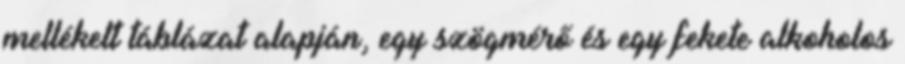
mellékelt táblázat alapján, egy szögmérő és egy fekete alkoholos